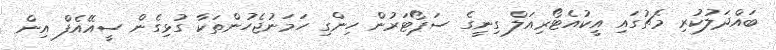
ބައްދަލުކުރި މެޗުގައި އީކުއެޓޯރިއަލް ގިނީގެ ސަޕޯޓަރުން ހިންގި ހަމަނުޖެހުންތަކާ ގުޅިގެން ސީއޭއެފް އިން